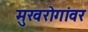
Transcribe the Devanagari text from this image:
मुखरोगांवर